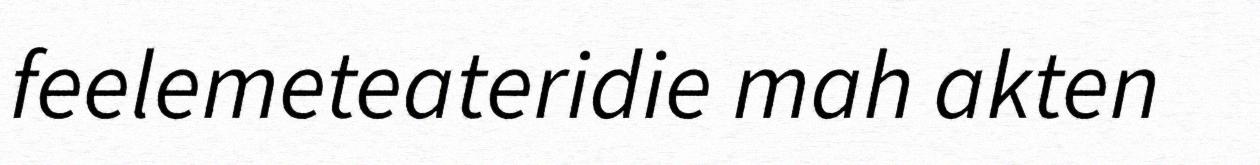
feelemeteateridie mah akten